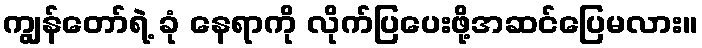
ကျွန်တော်ရဲ့ ခုံ နေရာကို လိုက်ပြပေးဖို့အဆင်ပြေမလား။